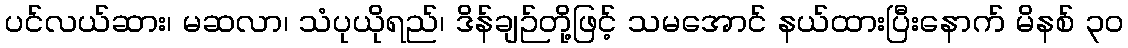
ပင်လယ်ဆား၊ မဆလာ၊ သံပုယိုရည်၊ ဒိန်ချဉ်တို့ဖြင့် သမအောင် နယ်ထားပြီးနောက် မိနစ် ၃၀